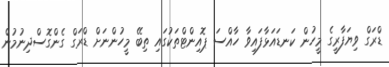
ޑްރަގް ވިޔަފާރީގެ މީހުން ކަނޑައަޅާފައިވާ ހާއްސަ ޕޮއިންޓްތަކުގައި ތިބޭ މީހުންނަށް ޑްރަގްް ގެންގޮސްދިނުމުން